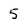
Character: 5